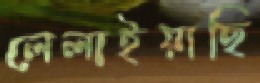
লেলাইয়াছি